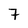
Character: 7